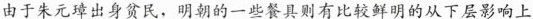
由于朱元璋出身贫民，明朝的一些餐具则有比较鲜明的从下层影响上